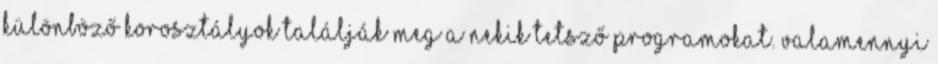
különböző korosztályok találják meg a nekik tetsző programokat. Valamennyi